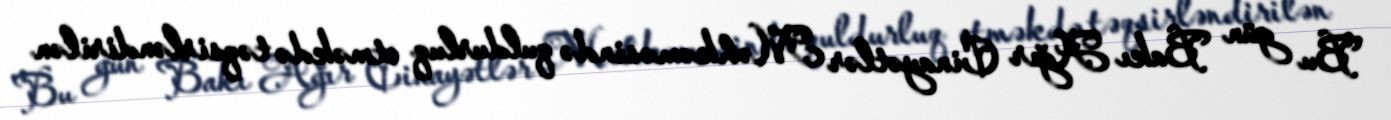
Bu gün Bakı Ağır Cinayətlər Məhkəməsində quldurluq etməkdə təqsirləndirilən